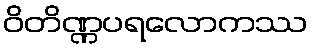
ဝိတိဏ္ဏပရလောကဿ